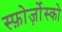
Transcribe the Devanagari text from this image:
स्फ़ोर्ज़ोस्को